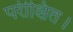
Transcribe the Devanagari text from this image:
परीक्षित।